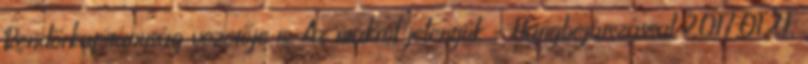
Rendőrkapitányság vezetője is. Az utakról jelentjük – Hangbejátszással 2017.01.21.